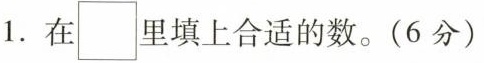
1.在\Box 里填上合适的数。(6分)